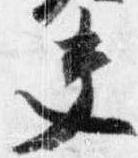
夫